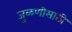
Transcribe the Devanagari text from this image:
जुळणीसाठी